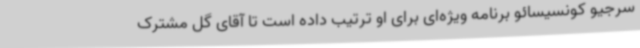
سرجیو کونسیسائو برنامه ویژه‌ای برای او ترتیب داده است تا آقای گل مشترک